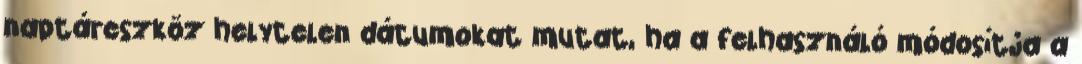
naptáreszköz helytelen dátumokat mutat, ha a felhasználó módosítja a